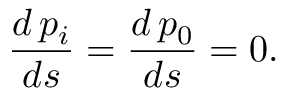
\frac { d \, p _ { i } } { d s } = \frac { d \, p _ { 0 } } { d s } = 0 .